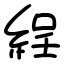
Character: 𦀚